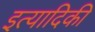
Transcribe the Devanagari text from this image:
इत्‍यादिकी